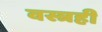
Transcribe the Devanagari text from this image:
वस्त्रही